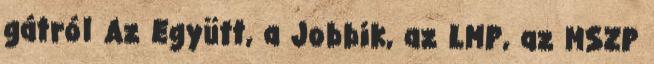
gátról Az Együtt, a Jobbik, az LMP, az MSZP